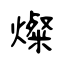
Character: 燦